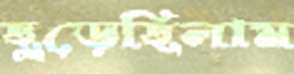
ছুড়েছিলাম